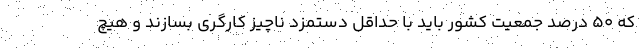
که ۵۰ درصد جمعیت کشور باید با حداقل دستمزد ناچیز کارگری بسازند و هیچ